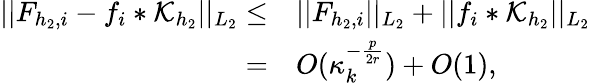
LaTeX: \begin{array}{rl}{\vert\vert F_{{h_{2}},i}-f_{i}*\mathcal{K}_{h_{2}}\vert\vert_{L_{2}}\le}&{\vert\vert F_{{h_{2}},i}\vert\vert_{L_{2}}+\vert\vert f_{i}*\mathcal{K}_{h_{2}}\vert\vert_{L_{2}}}\\ {=}&{O(\kappa_{k}^{-\frac{p}{2r}})+O(1),}\end{array}